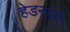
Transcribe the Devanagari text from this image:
हेडनबर्ग